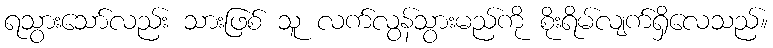
ရသွားသော်လည်း သားဖြစ် သူ လက်လွန်သွားမည်ကို စိုးရိမ်လျက်ရှိလေသည်။